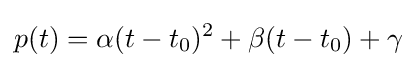
p(t)=\alpha (t-t_{0})^{2}+\beta (t-t_{0})+\gamma